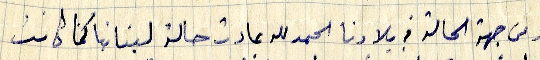
ومن جهة الحالة في بلادنا الحمد لله عادت حالة لبنانا كما كانت